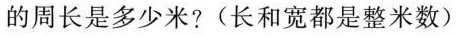
的周长是多少米?(长和宽都是整米数)